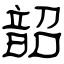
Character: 韶